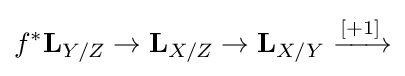
f^{*}\mathbf {L} _{Y/Z}\to \mathbf {L} _{X/Z}\to \mathbf {L} _{X/Y}\xrightarrow {[+1]}